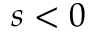
s < 0